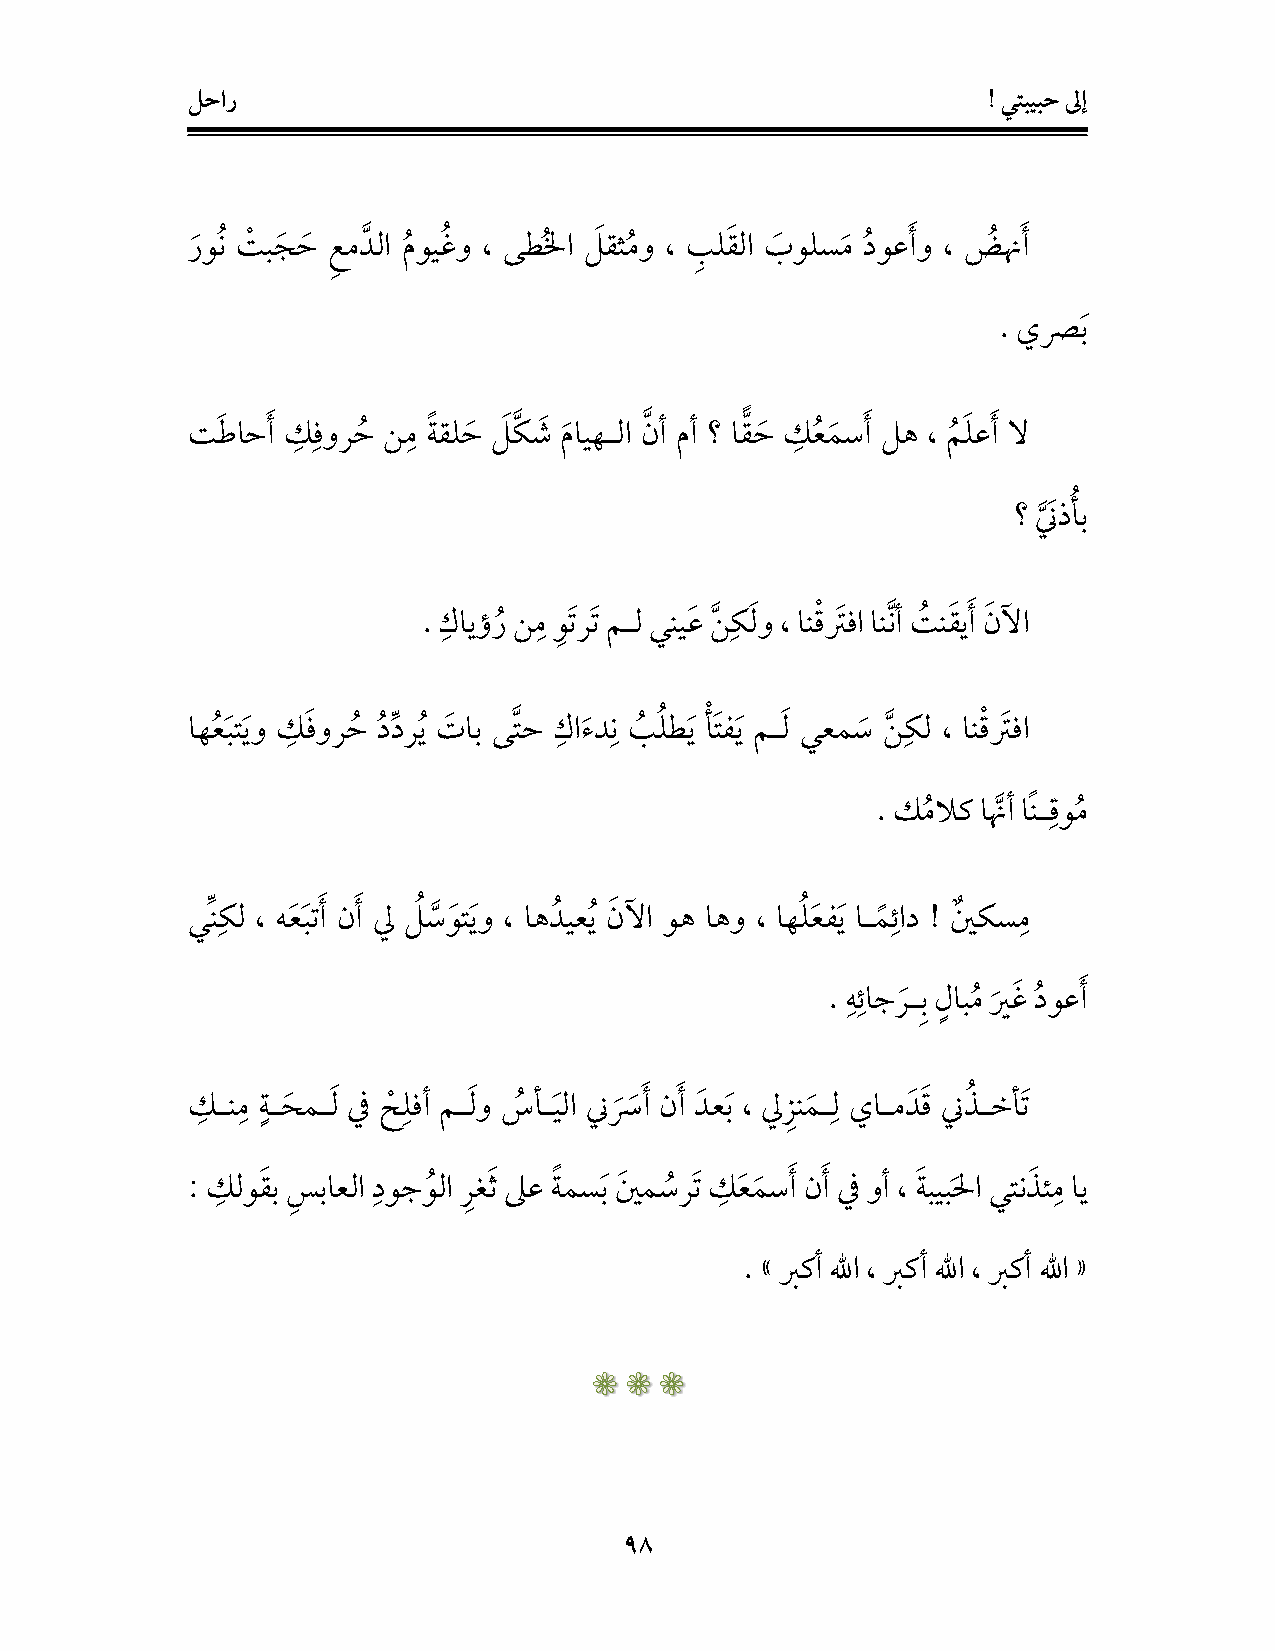
لحار                                                 ! يتبيبح لىإ
 ر و ن ت ب ج ح ع م د لا م وي غ و ، ىط لا ل قث م و ، ب ل ق لا ب ولس م د وع أ و ، ض نّ أ
 . يص  ب
 ت ط اح أ ك فور ح ن م ة قل ح ل ك ش م ايهـلا ن أ مأ ؟ ا ق ح ك ع م س أ له ، م ل ع أ لا
 ؟ ن ذ أب
 . كايؤ ر ن م و ت ر ت مـل يني ع ن ك ل و ، ان ق تر فا ان ن أ ت ن ق ي أ ن لآا
 اهع ب ت ي و ك ف ور ح د د ر ي ت اب ى ت ح كا ء د ن ب ل ط ي أ ت ف ي مـ ل يعم س ن كل ، ان ق تر فا
 . كملاك ا نّأ ا ن ـ قو م
 ي ن كل ، ه ع ب ت أ ن أ لي ل س و ت ي و ، اه د يع ي ن لآا وه اهو ، اه ل ع ف ي اـ م ئاد ! ي كس م
 . ه ئ اج ر ـ ب ل اب م ي غ د وع أ
 ك ـن م ة ـ ح مـ ل في ح لفأ مـ ل و س أـ ي لا نس أ ن أ د ع ب ، لي ز ن م ـ ل ياـم د ق ن ذ ـخأ ت
 : كلو ق ب س باعلا دوج و لا ر غ ث لىع ة مس ب ي م س ر ت ك ع م س أ ن أ في وأ ، ة بيب لا يتن ذ ئ م اي
 . » بركأ للها ، بركأ للها ، بركأ للها «
 69